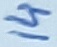
Text: 14